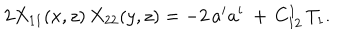
2 X _ { 1 1 } ( x , z ) \, X _ { 2 2 } ( y , z ) = - 2 \, a ^ { i } a ^ { i } \ + \, C _ { 1 2 } ^ { 1 } \, T _ { 1 } .